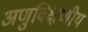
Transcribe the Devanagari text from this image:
अणुविक्षणीय